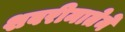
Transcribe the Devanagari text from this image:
शबरीमातेने